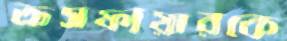
ক্রসফায়ারকে